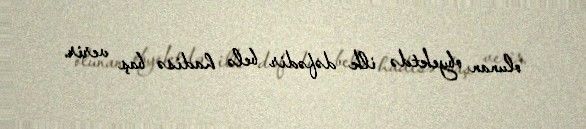
olunan obyektdə ilk dəfədir belə hadisə baş verir.